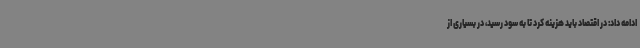
ادامه داد: در اقتصاد باید هزینه کرد تا به سود رسید، در بسیاری از